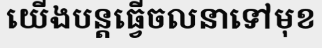
យើងបន្តធ្វើចលនាទៅមុខ